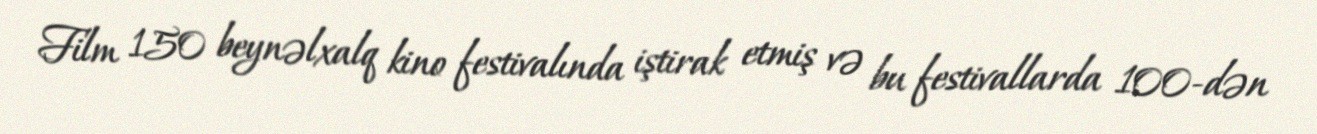
Film 150 beynəlxalq kino festivalında iştirak etmiş və bu festivallarda 100-dən